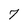
Character: 7